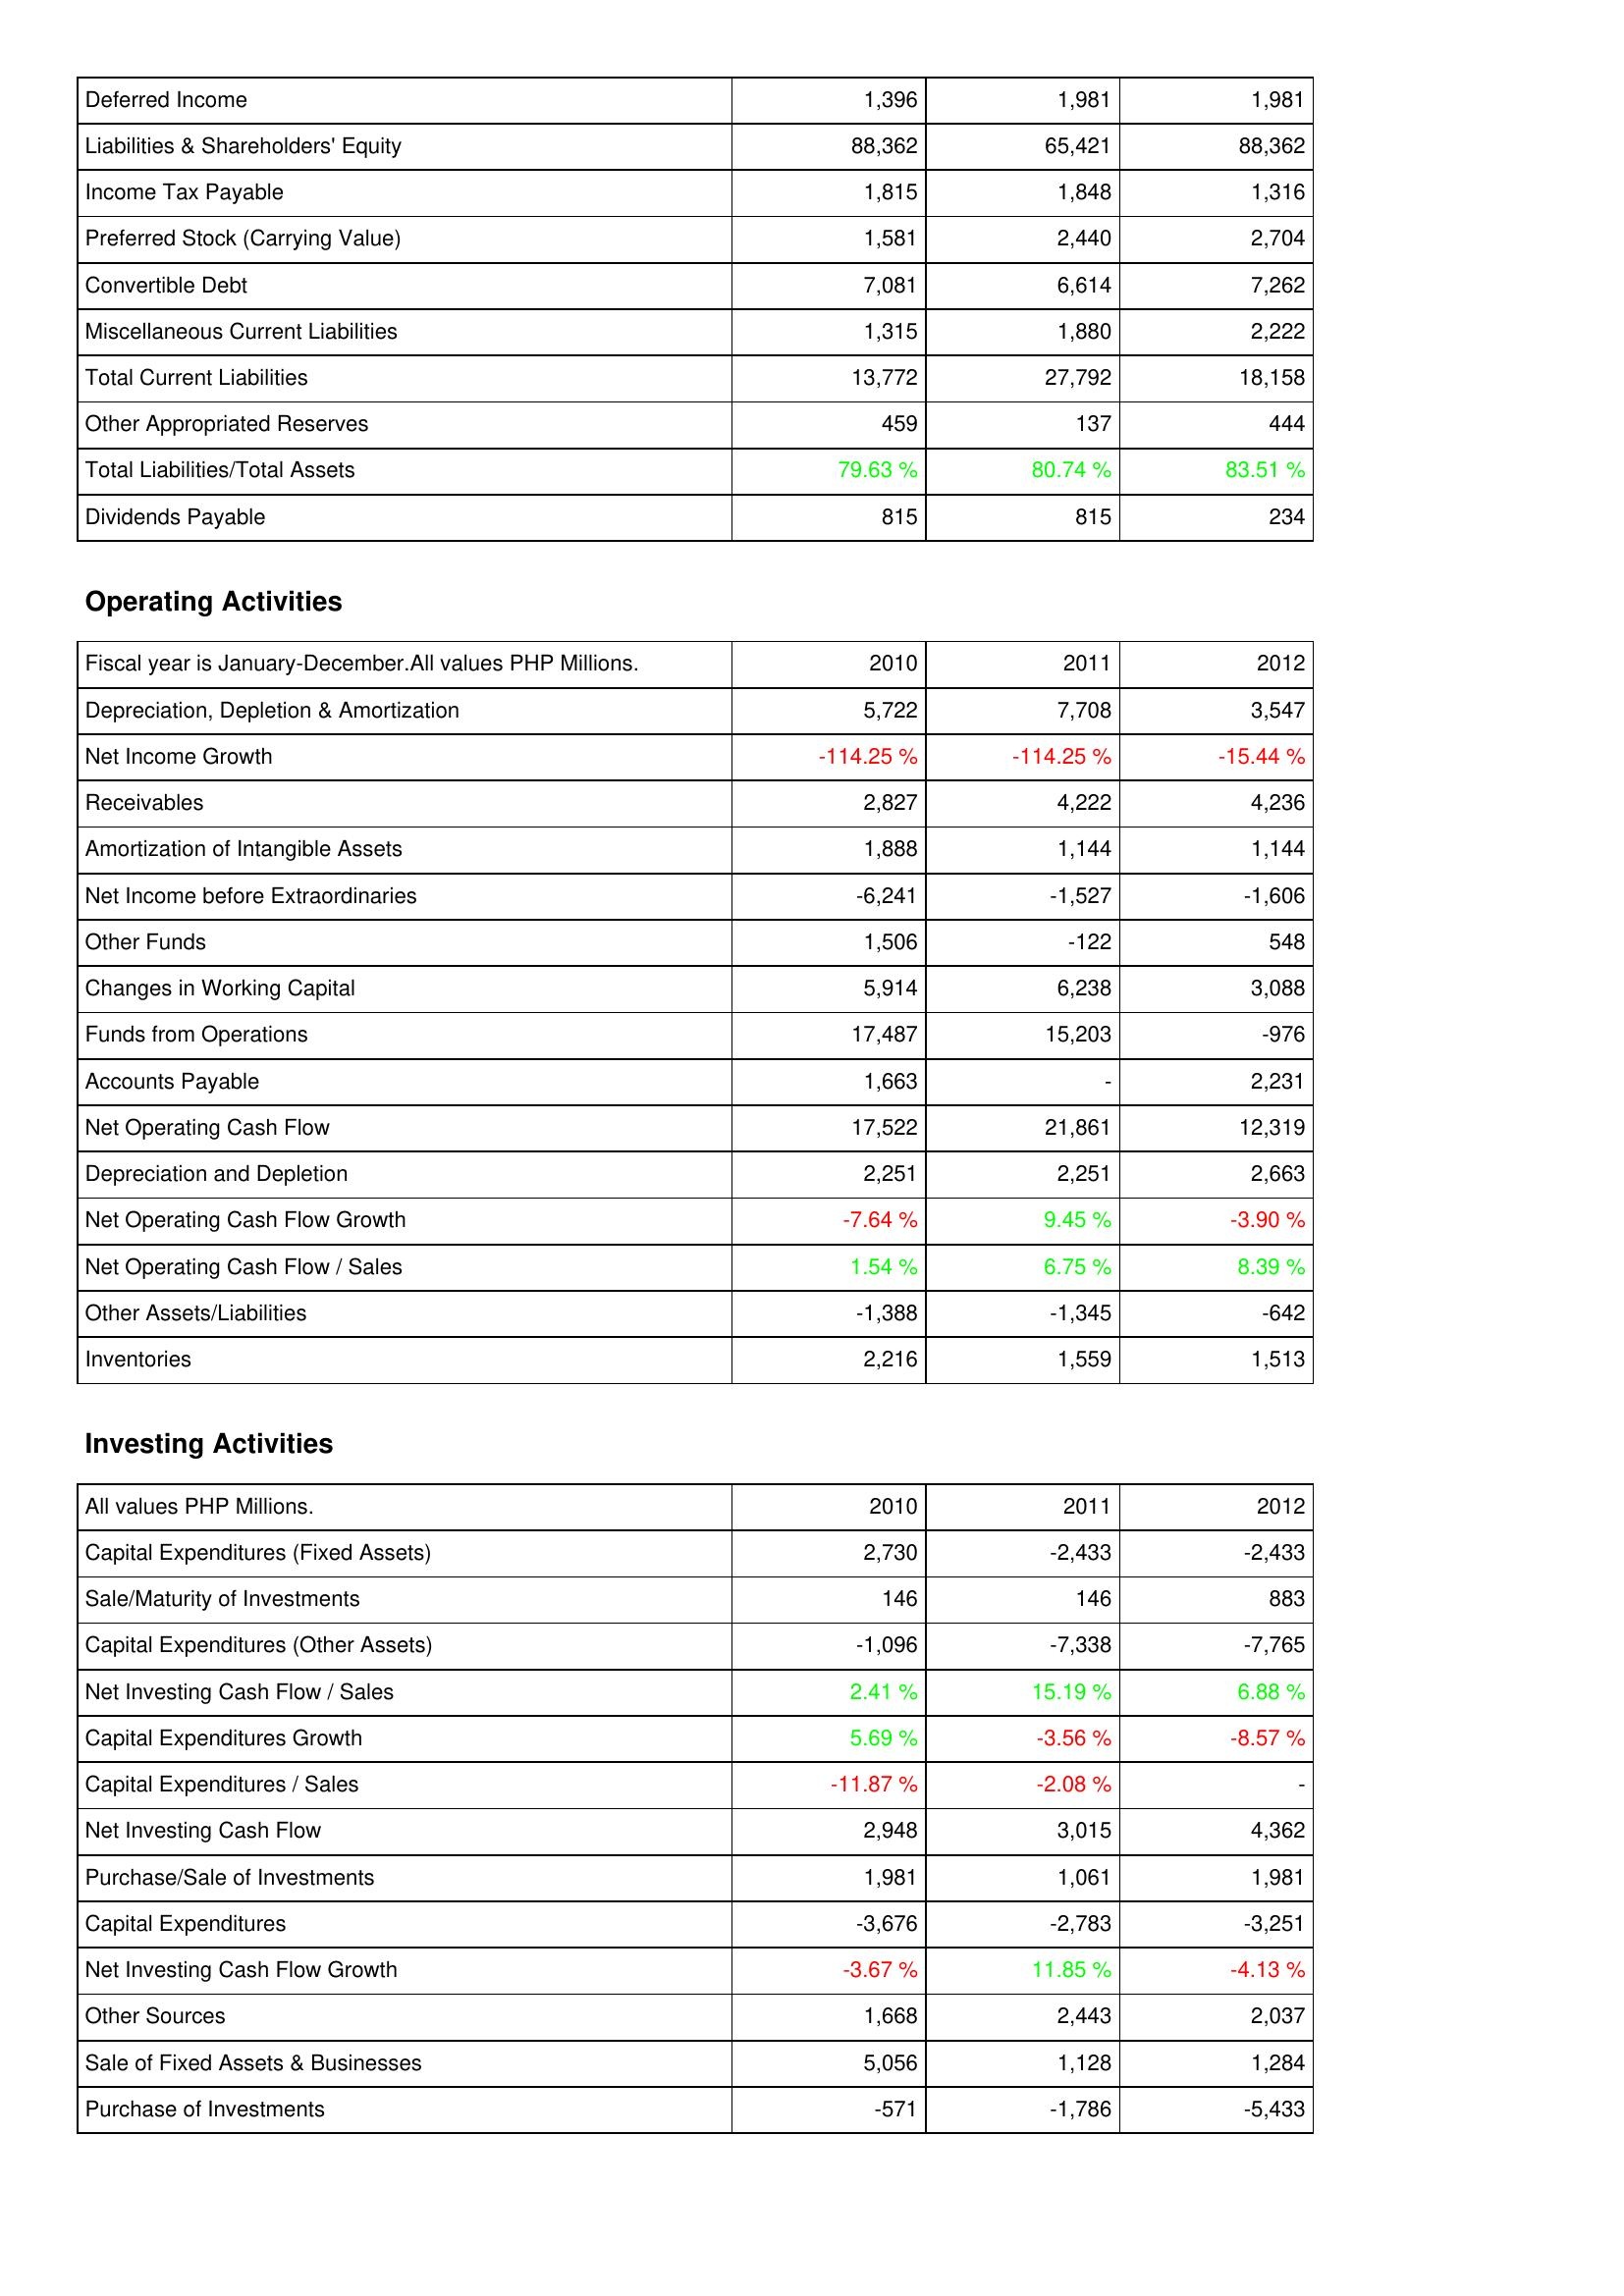
2010: Liabilities & Shareholders' Equity: Deferred Income: 1,396
Liabilities & Shareholders' Equity: 88,362
Income Tax Payable: 1,815
Preferred Stock (Carrying Value): 1,581
Convertible Debt: 7,081
Miscellaneous Current Liabilities: 1,315
Total Current Liabilities: 13,772
Other Appropriated Reserves: 459
Total Liabilities/Total Assets: 79.63 %
Dividends Payable: 815
Operating Activities: Depreciation, Depletion & Amortization: 5,722
Net Income Growth: -114.25 %
Receivables: 2,827
Amortization of Intangible Assets: 1,888
Net Income before Extraordinaries: -6,241
Other Funds: 1,506
Changes in Working Capital: 5,914
Funds from Operations: 17,487
Accounts Payable: 1,663
Net Operating Cash Flow: 17,522
Depreciation and Depletion: 2,251
Net Operating Cash Flow Growth: -7.64 %
Net Operating Cash Flow / Sales: 1.54 %
Other Assets/Liabilities: -1,388
Inventories: 2,216
Investing Activities: Capital Expenditures (Fixed Assets): 2,730
Sale/Maturity of Investments: 146
Capital Expenditures (Other Assets): -1,096
Net Investing Cash Flow / Sales: 2.41 %
Capital Expenditures Growth: 5.69 %
Capital Expenditures / Sales: -11.87 %
Net Investing Cash Flow: 2,948
Purchase/Sale of Investments: 1,981
Capital Expenditures: -3,676
Net Investing Cash Flow Growth: -3.67 %
Other Sources: 1,668
Sale of Fixed Assets & Businesses: 5,056
Purchase of Investments: -571
2011: Liabilities & Shareholders' Equity: Deferred Income: 1,981
Liabilities & Shareholders' Equity: 65,421
Income Tax Payable: 1,848
Preferred Stock (Carrying Value): 2,440
Convertible Debt: 6,614
Miscellaneous Current Liabilities: 1,880
Total Current Liabilities: 27,792
Other Appropriated Reserves: 137
Total Liabilities/Total Assets: 80.74 %
Dividends Payable: 815
Operating Activities: Depreciation, Depletion & Amortization: 7,708
Net Income Growth: -114.25 %
Receivables: 4,222
Amortization of Intangible Assets: 1,144
Net Income before Extraordinaries: -1,527
Other Funds: -122
Changes in Working Capital: 6,238
Funds from Operations: 15,203
Accounts Payable: -
Net Operating Cash Flow: 21,861
Depreciation and Depletion: 2,251
Net Operating Cash Flow Growth: 9.45 %
Net Operating Cash Flow / Sales: 6.75 %
Other Assets/Liabilities: -1,345
Inventories: 1,559
Investing Activities: Capital Expenditures (Fixed Assets): -2,433
Sale/Maturity of Investments: 146
Capital Expenditures (Other Assets): -7,338
Net Investing Cash Flow / Sales: 15.19 %
Capital Expenditures Growth: -3.56 %
Capital Expenditures / Sales: -2.08 %
Net Investing Cash Flow: 3,015
Purchase/Sale of Investments: 1,061
Capital Expenditures: -2,783
Net Investing Cash Flow Growth: 11.85 %
Other Sources: 2,443
Sale of Fixed Assets & Businesses: 1,128
Purchase of Investments: -1,786
2012: Liabilities & Shareholders' Equity: Deferred Income: 1,981
Liabilities & Shareholders' Equity: 88,362
Income Tax Payable: 1,316
Preferred Stock (Carrying Value): 2,704
Convertible Debt: 7,262
Miscellaneous Current Liabilities: 2,222
Total Current Liabilities: 18,158
Other Appropriated Reserves: 444
Total Liabilities/Total Assets: 83.51 %
Dividends Payable: 234
Operating Activities: Depreciation, Depletion & Amortization: 3,547
Net Income Growth: -15.44 %
Receivables: 4,236
Amortization of Intangible Assets: 1,144
Net Income before Extraordinaries: -1,606
Other Funds: 548
Changes in Working Capital: 3,088
Funds from Operations: -976
Accounts Payable: 2,231
Net Operating Cash Flow: 12,319
Depreciation and Depletion: 2,663
Net Operating Cash Flow Growth: -3.90 %
Net Operating Cash Flow / Sales: 8.39 %
Other Assets/Liabilities: -642
Inventories: 1,513
Investing Activities: Capital Expenditures (Fixed Assets): -2,433
Sale/Maturity of Investments: 883
Capital Expenditures (Other Assets): -7,765
Net Investing Cash Flow / Sales: 6.88 %
Capital Expenditures Growth: -8.57 %
Capital Expenditures / Sales: -
Net Investing Cash Flow: 4,362
Purchase/Sale of Investments: 1,981
Capital Expenditures: -3,251
Net Investing Cash Flow Growth: -4.13 %
Other Sources: 2,037
Sale of Fixed Assets & Businesses: 1,284
Purchase of Investments: -5,433